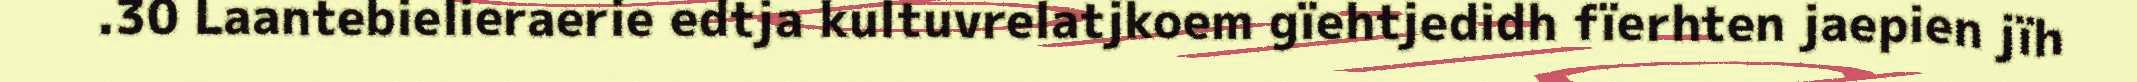
.30 Laantebielieraerie edtja kultuvrelatjkoem gïehtjedidh fïerhten jaepien jïh